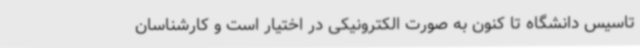
تاسیس دانشگاه تا کنون به صورت الکترونیکی در اختیار است و کارشناسان